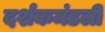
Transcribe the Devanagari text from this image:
दर्शकमंडली